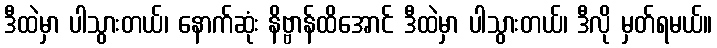
ဒီထဲမှာ ပါသွားတယ်၊ နောက်ဆုံး နိဗ္ဗာန်ထိအောင် ဒီထဲမှာ ပါသွားတယ်၊ ဒီလို မှတ်ရမယ်။